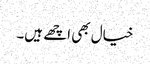
خیال بھی اچھے ہیں۔